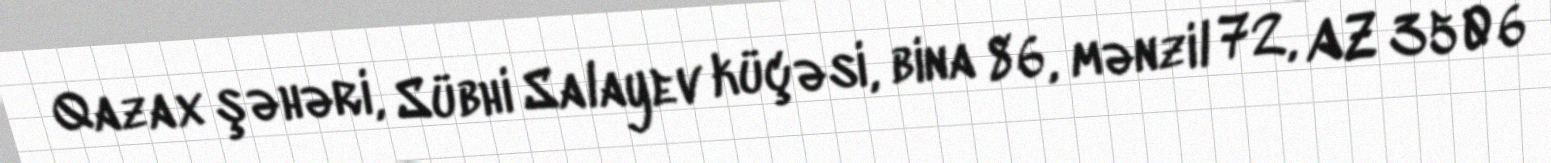
Qazax şəhəri, Sübhi Salayev küçəsi, bina 86, mənzil 72, AZ 3506